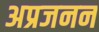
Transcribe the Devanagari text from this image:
अप्रजनन